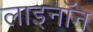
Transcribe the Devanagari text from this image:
लाइनॉन